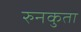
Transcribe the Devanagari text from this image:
रुनकुता